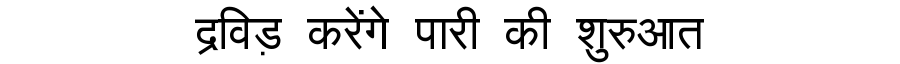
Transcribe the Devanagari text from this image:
द्रविड़ करेंगे पारी की शुरुआत